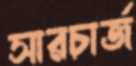
সারচার্জ